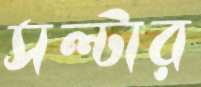
সল্টার